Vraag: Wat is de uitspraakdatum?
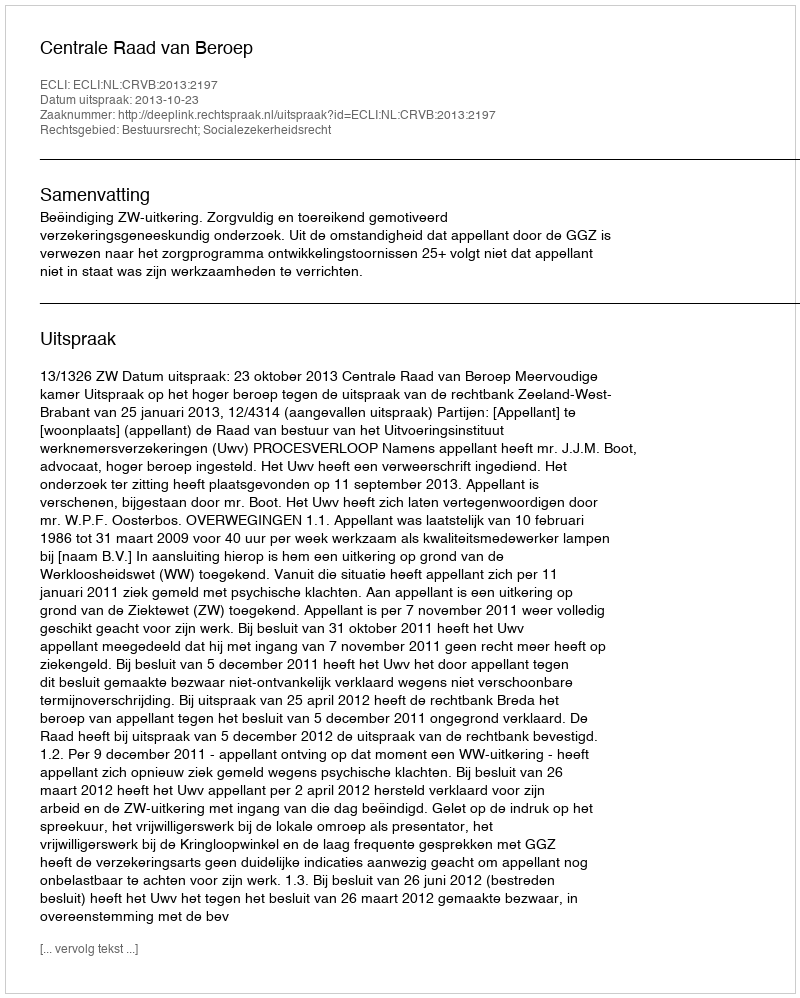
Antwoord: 2013-10-23